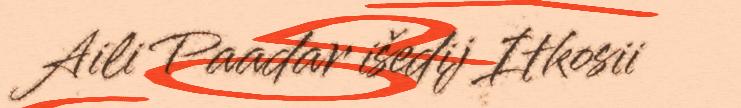
Aili Paadar išedij Itkosii